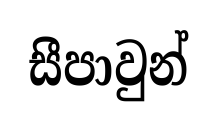
සීපාවුන්